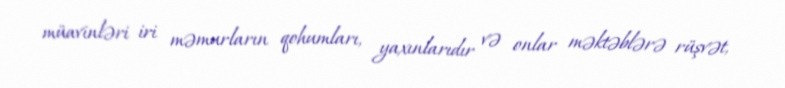
müavinləri iri məmurların qohumları, yaxınlarıdır və onlar məktəblərə rüşvət,